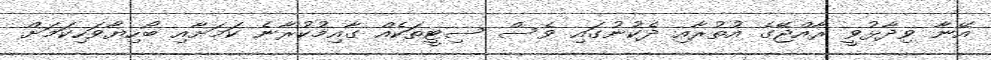
އޭނާ ވިދާޅުވީ ރާއްޖޭގެ އުތުރާއި ދެކުނުގައި ވެސް ސިޓީތަކެއް ގާއިމުކުރާނެ ކަމަށާއި ބޯހިޔާވަހިކަމަށް